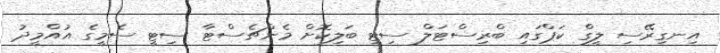
އިނގިރޭސި ލީގް ކަޕްގައި ބްރިސްޓަލް ސިޓީ ބަލިކޮށް މެންޗެސްޓާ ސިޓީ ސެމީގެ އުއްމީދު